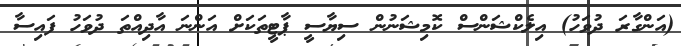
(އަންގާރަ ދުވަހު) އިލެކްޝަންސް ކޮމިޝަނުން ސިޔާސީ ޕާޓީތަކަށް އަންނަ އާދިއްތަ ދުވަހު ފައިސާ